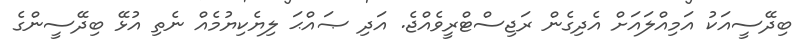
ބިދޭސީއަކު އަމިއްލައަށް އެދިގެން ރަޖިސްޓްރީވެއްޖެ. އަދި ޞައްޙަ ލިޔެކިޔުމެއް ނެތި އުޅޭ ބިދޭސީންގެ